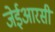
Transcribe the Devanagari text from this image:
जेईआरसी